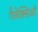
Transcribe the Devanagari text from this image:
गैलेक्सिआँ